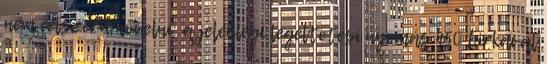
nem célszerű növelni; a jelenlegi legeltetési nyomás 450 birkával